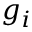
g _ { i }